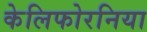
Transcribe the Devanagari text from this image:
केलिफोरनिया